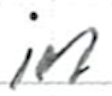
Text: in
Cross-out: clean
Writing tool: ballpoint